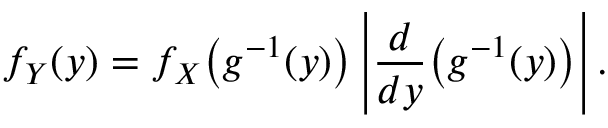
f _ { Y } ( y ) = f _ { X } { \big ( } g ^ { - 1 } ( y ) { \big ) } \left| { \frac { d } { d y } } { \big ( } g ^ { - 1 } ( y ) { \big ) } \right| .